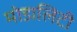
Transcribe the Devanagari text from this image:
मोडालिटी